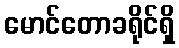
မောင်တောခရိုင်ရှိ